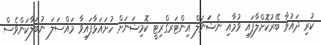
ކުރި ދައުވާ ބޭރުކޮށްލާފައި ވުމާއި ނެޝަަަނަލް އިންޓަރގްރިޓީ ކޮމިޝަނަށް ހުށައަޅާފައިވާ މައްސަލަ ނުބަލާކަންވެސް